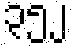
၃၅၂